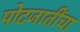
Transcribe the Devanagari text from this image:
पोटजातींचा